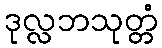
ဒုလ္လဘသုတ္တံ